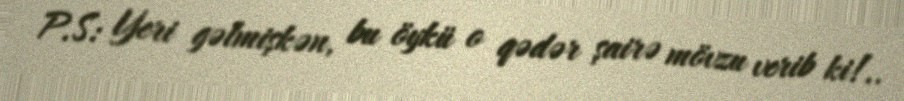
P.S: Yeri gəlmişkən, bu öykü o qədər şairə mövzu verib ki!..